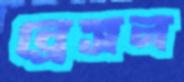
ব্রেসন